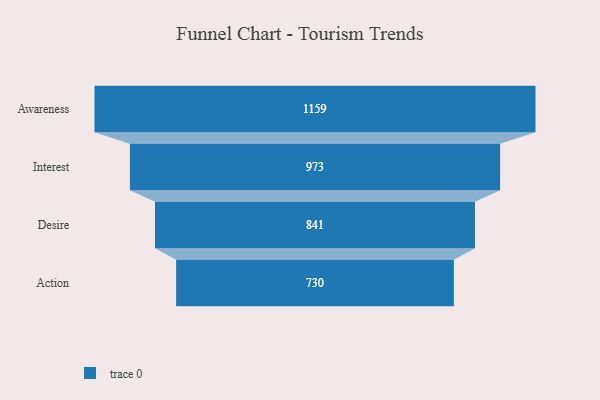
{"axis": {"x": "Stage", "y": "Value"}, "legend": [""], "data": [{"x": "Awareness", "y": 1159.0, "type": ""}, {"x": "Interest", "y": 973.0, "type": ""}, {"x": "Desire", "y": 841.0, "type": ""}, {"x": "Action", "y": 730.0, "type": ""}]}